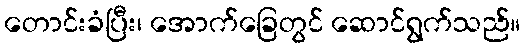
တောင်းခံပြီး၊ အောက်ခြေတွင် ဆောင်ရွက်သည်။